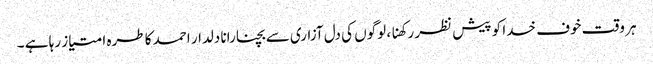
ہر وقت خوف خدا کو پیش نظر رکھنا ، لوگوں کی دل آزاری سے بچنا رانا دلدار احمد کا طرہ امتیاز رہا ہے ۔